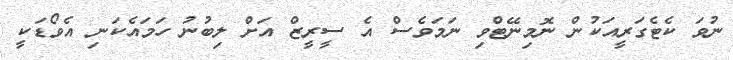
ނުވަ ކެޓެގަރީއަކުން ނޮމިނޭޓްވި ނަމަވެސް އެ ސީރީޒް އަށް ލިބުނު ހަމައެކަނި އެވޯޑަކީ